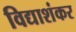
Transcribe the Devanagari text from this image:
विद्याशंकर